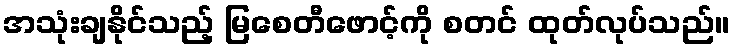
အသုံးချနိုင်သည့် မြစေတီဖောင့်ကို စတင် ထုတ်လုပ်သည်။